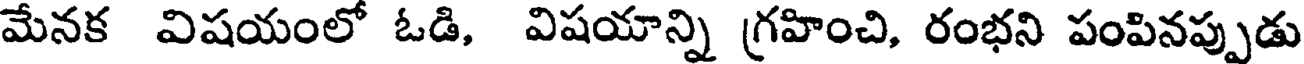
మేనక విషయంలో ఓడి, విషయాన్ని గ్రహించి, రంభని పంపినప్పుడు